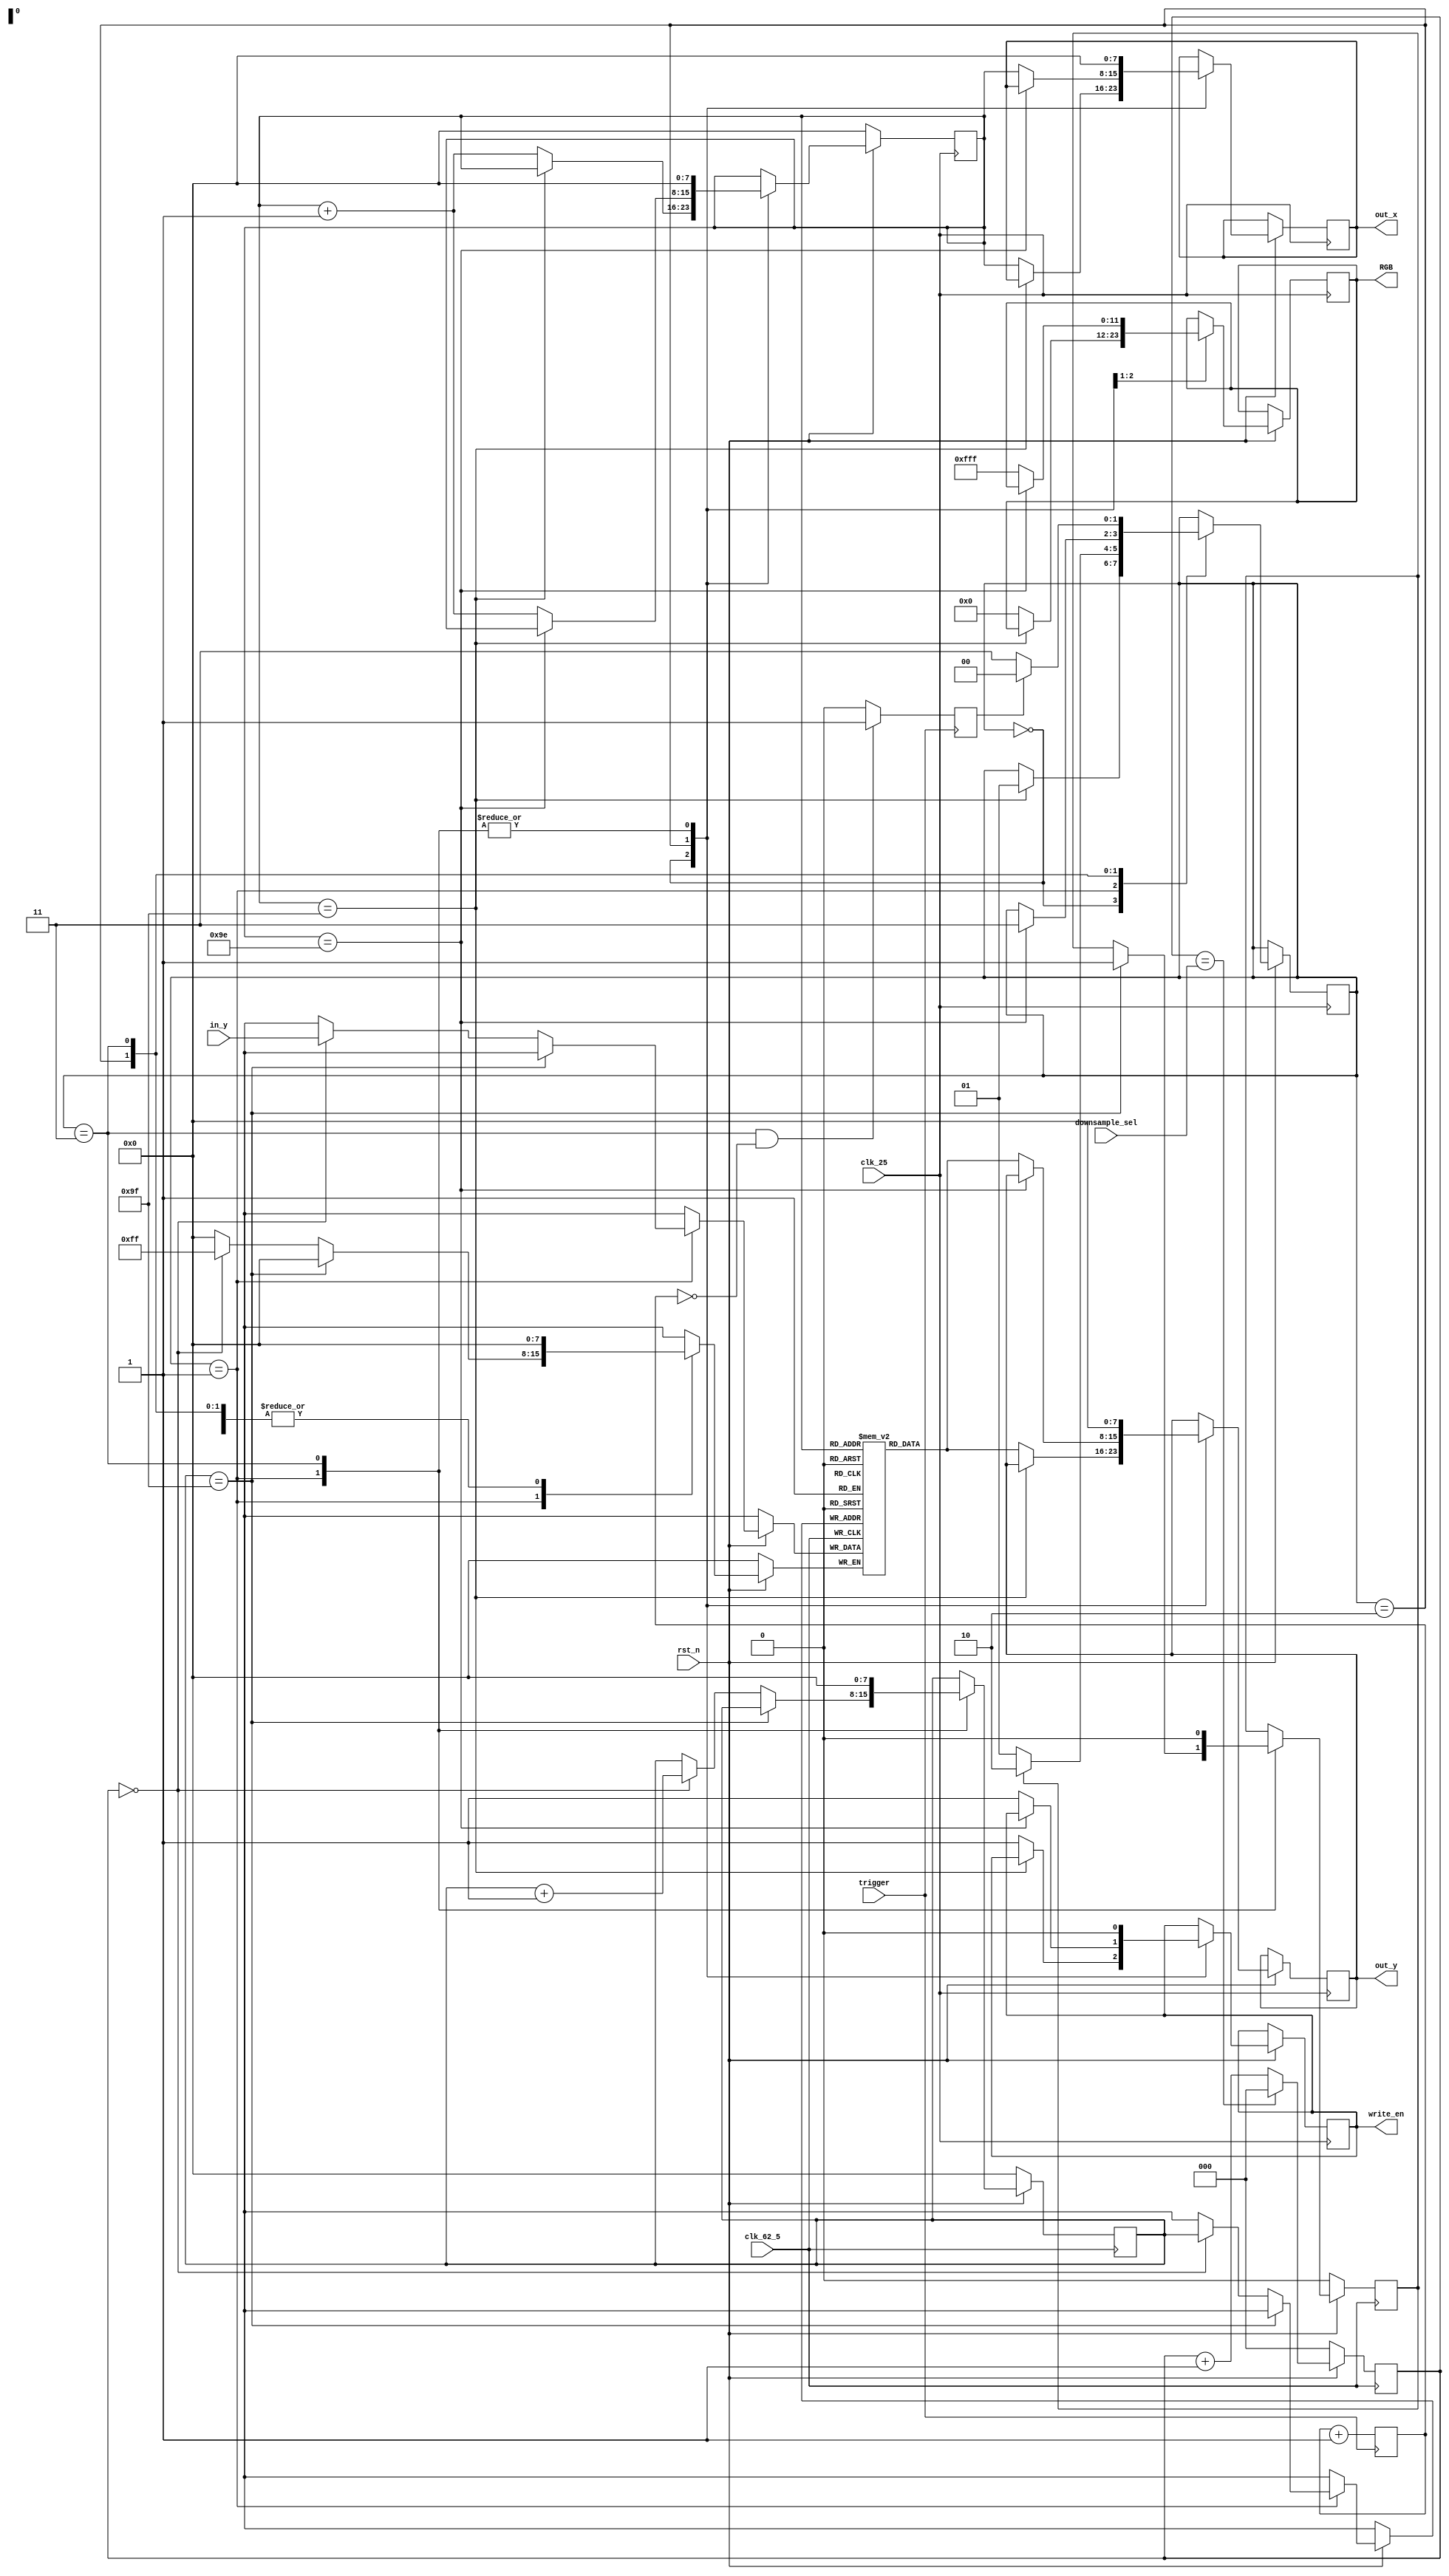
module oscilloscope(input clk_25,
						  input clk_62_5,
						  input rst_n,
						  //input [7:0]in_x,
						  input [7:0]in_y,
						  input trigger,
						  input [2:0]downsample_sel,
						  output reg [7:0]out_x,
						  output reg [7:0]out_y,
						  output reg write_en,
						  output reg [11:0]RGB);

// Quartus II Verilog Template used for RAM
// Simple Dual Port RAM with separate read/write addresses and
// separate read/write clocks

parameter CLEAN = 2'b00;
parameter FILL = 2'b01;
parameter DISPLAY = 2'b10;
parameter END = 2'b11;

reg [7:0]read_addr;
reg [7:0]write_addr;
reg buffer_full; 	//flag if buffer has been filled by ADC.
reg display_clean; //flag if vga screen has been cleared.

// Declare the RAM variable	
reg [7:0] ram_y[159:0];
	
reg [2:0]downsample_counter;	
reg [4:0] trigger_counter;
reg trigger_bit;
	
reg [1:0]state;
	
always @ (posedge clk_62_5)
	begin		
	if(!rst_n)
		begin
		write_addr <= 0;
		buffer_full <= 0;		
		downsample_counter <=0;
		end //end if rst
	else
	begin
	
		case(state)
		
		CLEAN :	begin
					
					end	//end clean case
		
		FILL : 	begin							
					
					if(write_addr == 8'b10011111)
						begin
							buffer_full <= 1;
							//state <= DISPLAY;
						end//end if writeadd == 8'b111111	
					else
						begin
							if(downsample_counter == 0)
								begin
									ram_y[write_addr] <= in_y;
									write_addr <= write_addr + 1;									
								end																					
						end//end else 
					
					end	//end fill case

		DISPLAY:	begin
		
		
					end	//END display case
					
		
		END:		begin
					
						write_addr <= 0;
						buffer_full <= 0;
						downsample_counter <= 0;
					end
				
		default: begin				
						write_addr <= 0;
						buffer_full <= 0;
					end //end default case
					
		endcase //endcase state		
		
		if(downsample_counter == downsample_sel)
			downsample_counter <= 0;
		else
			downsample_counter <= downsample_counter + 1; //keep downsample_counter running all the time..
		//this improves timing.
		
	end//end begin of else of if(rst_n)
end //end always @ posedge clk
	

	
always @ (posedge clk_25)
	begin
	if(!rst_n)
	begin
		read_addr <=0;
		display_clean <=0;
	end//end if rst
	
	else
	begin
		case (state)
		
		CLEAN : 	begin
													
							if(read_addr == 8'b10011111)
							  begin
								display_clean <= 1;					   
								state <= FILL;
							  end	//end (if(read_addr == 8'b111111))		
							 else
								begin
									out_y <= ram_y[read_addr];
									out_x <= read_addr;
									read_addr <= read_addr + 1;										
									write_en <= 1;
									RGB <= 12'b000000000000;								
								end
								
					end	//end CLEAN case
					
		FILL : 	begin
							read_addr <= 0;
							write_en <= 0;
							read_addr <= 0;
							write_en <= 0;
							out_y <= 0;
							out_x <= 0;	
	
							if(buffer_full)
								state <= DISPLAY;
							else
								state <= FILL;
								
					end 	//end FILL case
					
		DISPLAY : begin													
							
							if(read_addr == 8'b10011110)
							  begin										
								state <= END;
							  end	//end (if(read_addr == 8'b111111))	
							 else
							 begin
										out_y <= ram_y[read_addr];
  									   out_x <= read_addr;
										write_en <= 1;
										RGB <= 12'b111111111111;
									   read_addr <= read_addr + 1;
							  end
							
					 end	//end DISPLAY case
					 
		END: 		begin					
							read_addr <= 0;
							write_en <= 0;
							out_y <= 0;
							out_x <= 0;
							/*
							if(trigger)
								begin
									if(trigger_counter == 0)
											state <= CLEAN;
									else
											state <= END;
								end
							else
									state <= END;
							*/
							
							if(trigger_bit == 1)
											state <= CLEAN;
									else
											state <= END;
							
					end	//end END case
					
		default: begin
						read_addr <= 0;
						write_en <= 0;
						out_y <= 0;
						out_x <= 0;	
						
					end
		endcase
		
		
		
	end //end else of if rst  
	
	
end

always @ (posedge trigger)
begin

//if(trigger_counter == 2000000)
	//		trigger_counter <= 0;
		//else
			

		if(state == END && trigger_counter == 0)
			trigger_bit <= 1;
		else
			trigger_bit <= 0;
			
		
		trigger_counter <= trigger_counter + 1;
			

end

	
endmodule



	/*
			if (trigger)	//if trigger high		
				begin
					if(display_clean)	//if display cleaned by 25MHz clk
						begin
							if(write_addr != 8'b11111111)	//until write_addr reaches limit. keep writing from input
								begin
									ram_y[write_addr] <= in_y;
									buffer_full <=0;
									write_addr <= write_addr + 1;
								end
							else									//Flag buffer is full when write_addr is 1111111111111
								begin
									buffer_full <= 1;				
								end			
						end
					else
						begin
							//if display is not cleaned. wait.
							write_addr<=0;					
						end
				end
			else		//when trigger is low. ram is being displayed on oscilloscope
				begin
					write_addr <= 0;					
				end
	end //end else rst_n
	*/




/*
	
			if(trigger)	//if trigger is high. clean display. then clk_65 will acquire data.
				begin
					//clear display here
					if(!display_clean)
						begin
							out_y <= ram_y[read_addr];
							out_x <= read_addr;
							read_addr <= read_addr + 1;										
							write_en <= 1;
							RGB <= 12'b000000000000;
							
							if(read_addr == 8'b11111111)
							  begin
								display_clean <= 1;					   
								read_addr <= 0;
							  end	//end (if(read_addr == 8'b111111))				
						end //end if(!display_clean)
						
					else
						begin	
						write_en <= 0;
						read_addr <= 0;
						end //end else
					
				end //end if (trigger)
			
			
			else
				begin
					//display ram here when trigger is low. and buffer is full. trigger must be high for enough duration..
					if(buffer_full)
						begin
							if(read_addr != 8'b11111111)
							begin
								out_y <= ram_y[read_addr];
								out_x <= read_addr;
								display_clean <= 0;
								write_en <= 1;
								RGB <= 12'b111111111111;
							  read_addr <= read_addr + 1;
							end
						end 
					else
						begin
						display_clean <= 1;	//display clean flag. trigger must be low for enough duration..			
						write_en <= 0;
						read_addr <= 0;
						end
					
				end//end else if trigger
	end //end else rst
end
						  
endmodule  
*/